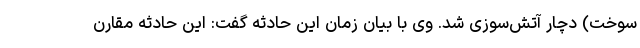
سوخت) دچار آتش‌سوزی شد. وی با بیان زمان این حادثه گفت: این حادثه مقارن